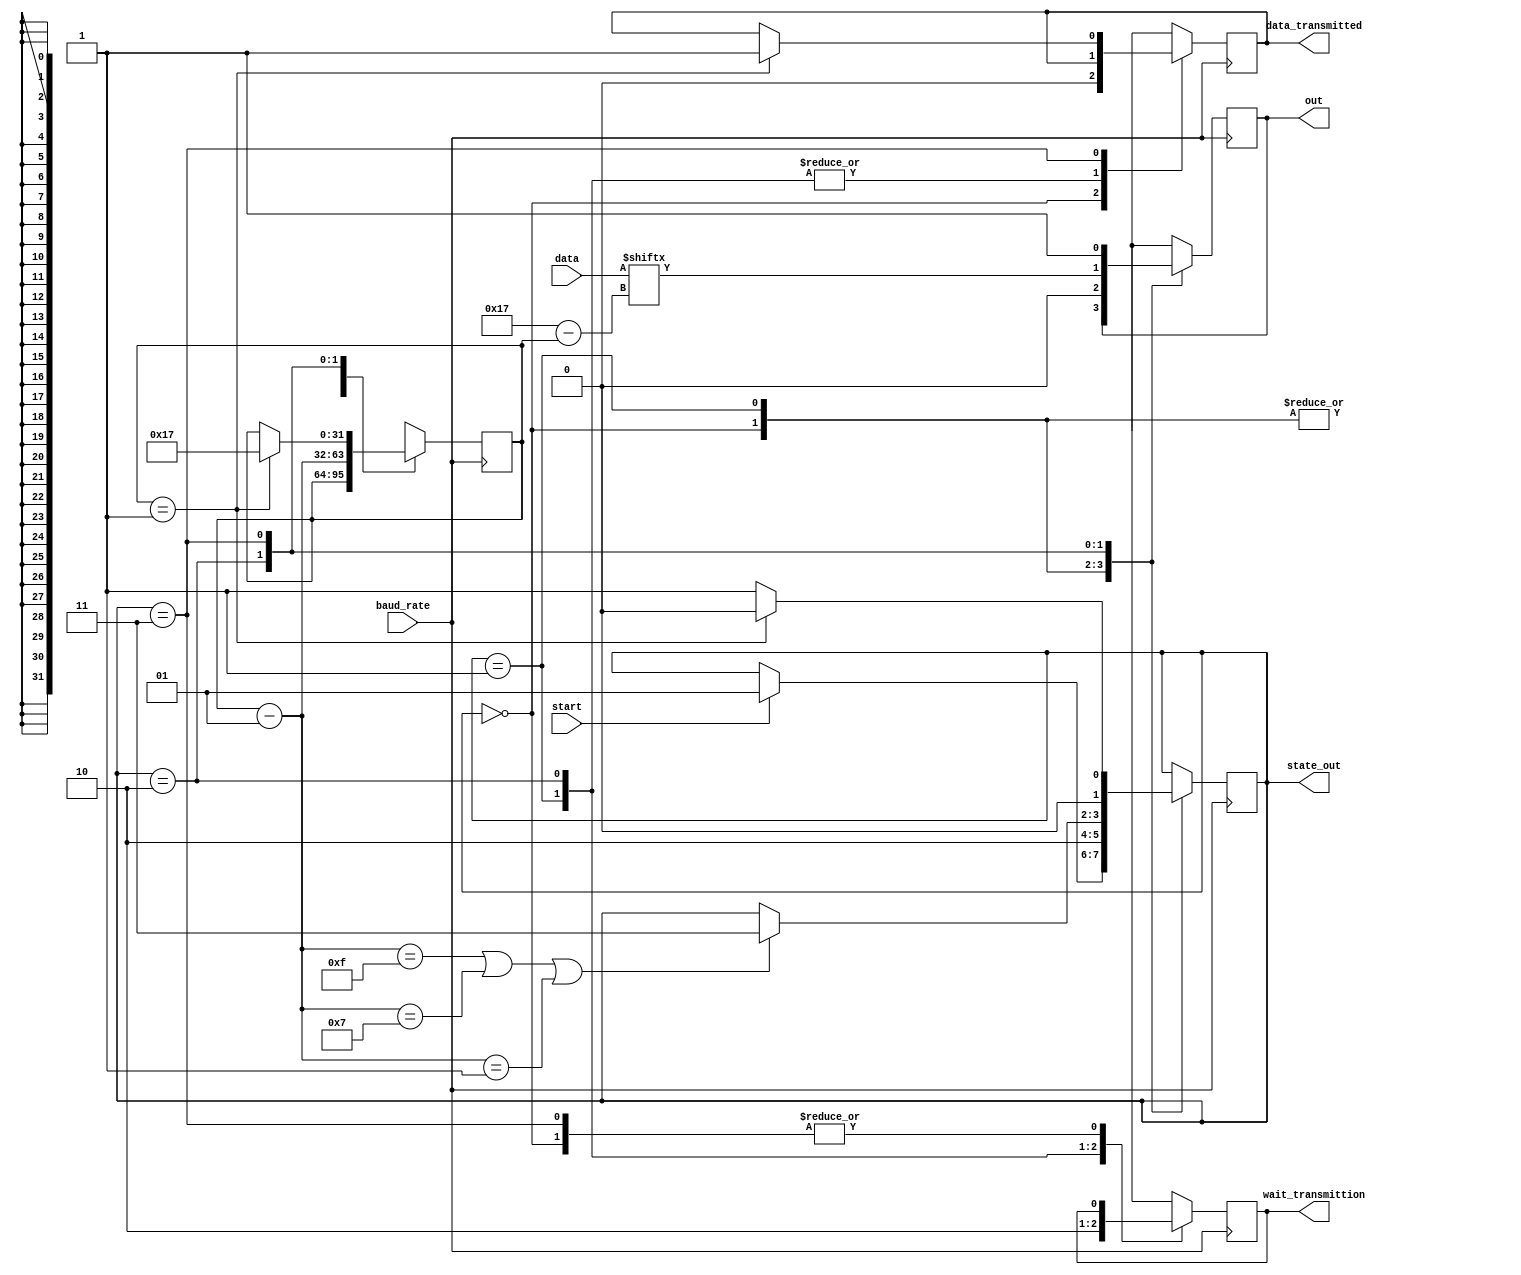
module transmitter3b(baud_rate, out, data, start, data_transmitted, state_out, wait_transmittion);

input baud_rate, start;
input [0:23]data; // Inverte a posicao dos bits
output out; // Saida serial
output data_transmitted;
output [1:0]state_out; // Estado atual da maquina para debug
output wait_transmittion;

reg transmitted = 1'b0;
reg data_state;
reg r_wait_transmittion = 1'b0;
reg out = 1'b1;
reg [1:0]state;

assign data_transmitted = transmitted;
assign state_out = state; 
assign wait_transmittion = r_wait_transmittion;

parameter IDLE = 0, START = 1, DATA = 2, STOP = 3;
integer counter = 23;

always @ (posedge baud_rate) begin
	case(state)
		IDLE: // Espera o sinal de start
			begin
				transmitted = 1'b0;
				if(start) begin
					state <= START;
				end
			end
		START: // Manda o bit de start
			begin
				r_wait_transmittion = 1'b1;
				out = 1'b0;
				state <= DATA;
			end
		DATA: // Manda os dados, em data, serialmente
			begin
				out = data[counter];
				r_wait_transmittion = 1'b0;
				counter = counter - 1;
				if (counter == 15 | counter == 7 | counter == -1) begin 
					state <= STOP;
				end
			end
		STOP: // Manda o stop bit     
			begin	
				state <= START; 
				out = 1'b1;
				if (counter == -1) begin // Se o ultimo bit foi mandado, volta para o estado IDLE
					counter = 23;
					transmitted = 1'b1;	
					state <= IDLE;
				end   	
			end
	endcase
end

endmodule